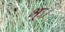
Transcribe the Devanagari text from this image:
भूः।